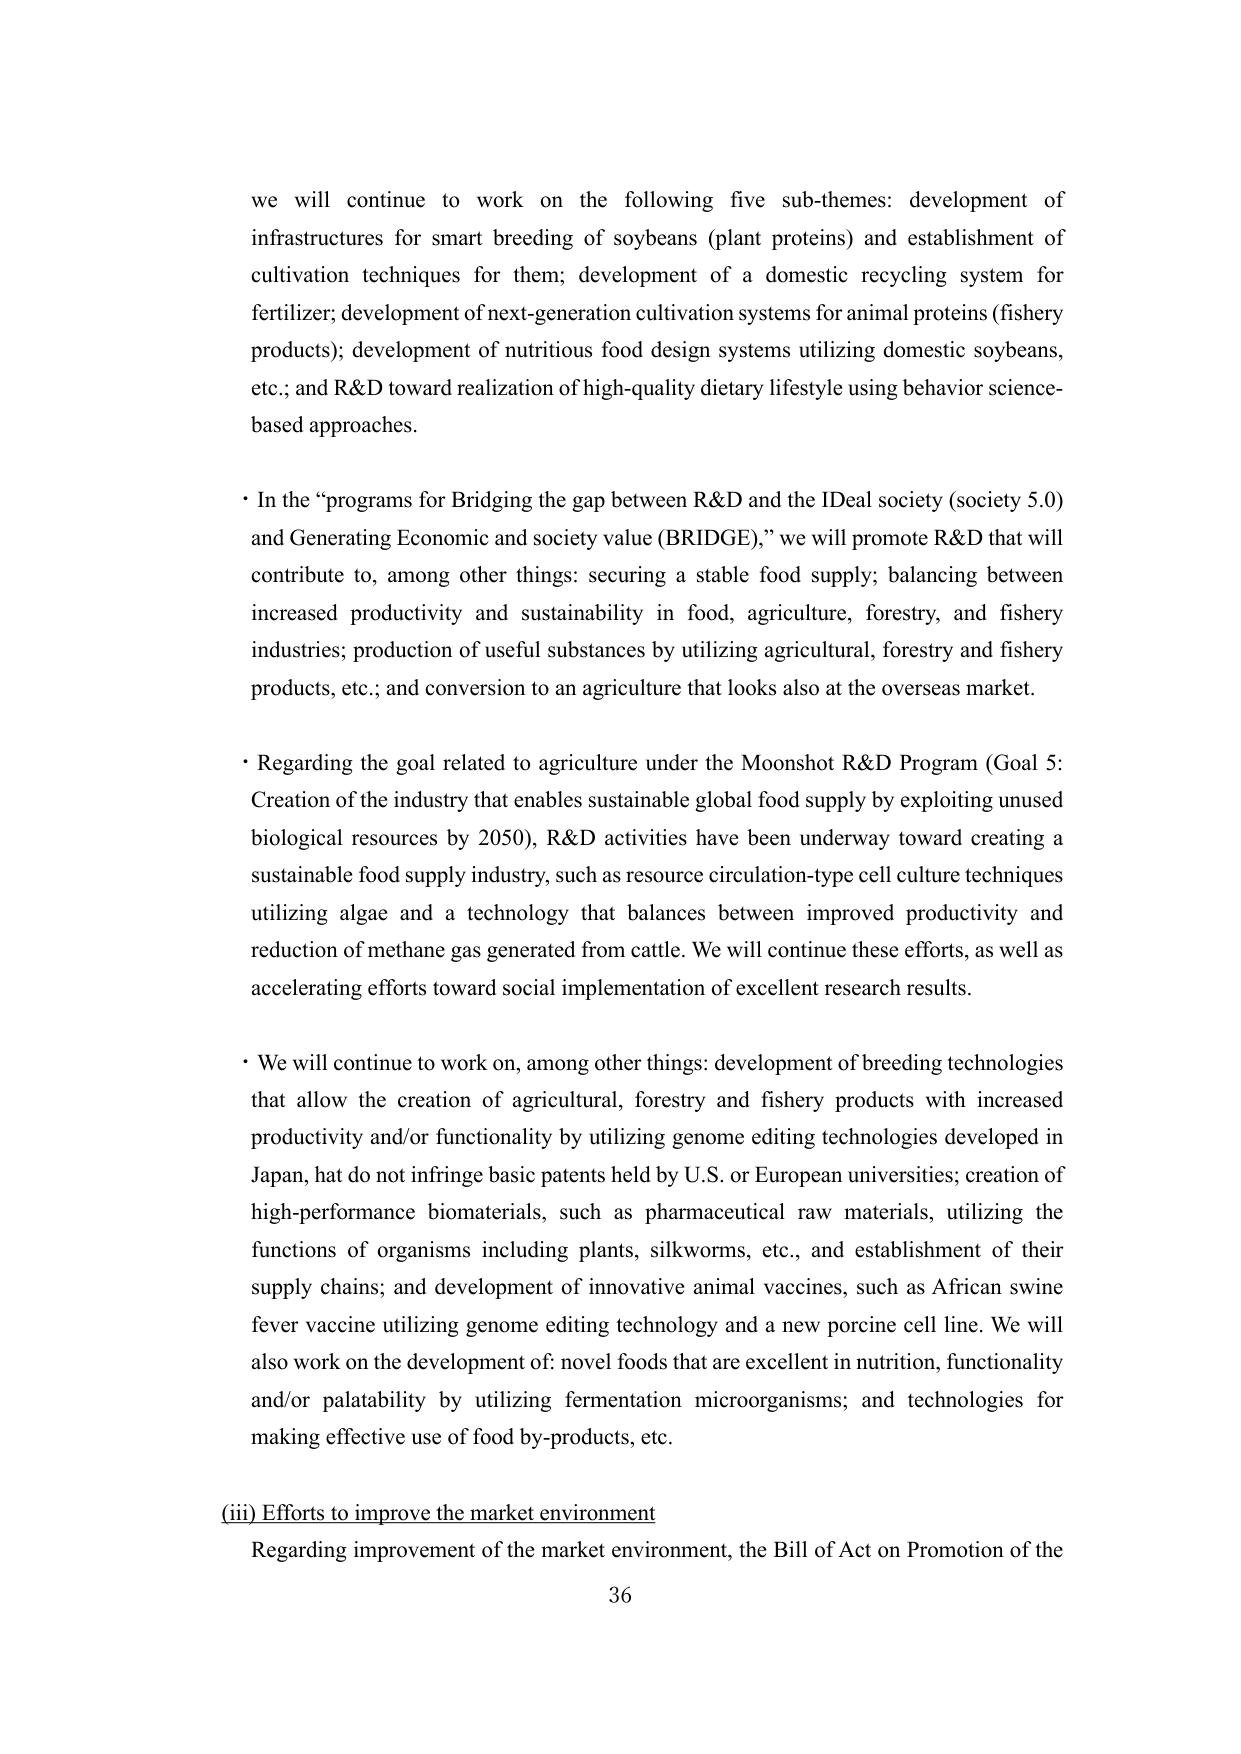
we will continue to work on the following five sub-themes: development of infrastructures for smart breeding of soybeans (plant proteins) and establishment of cultivation techniques for them; development of a domestic recycling system for fertilizer; development of next-generation cultivation systems for animal proteins (fishery products); development of nutritious food design systems utilizing domestic soybeans, etc.; and R&D toward realization of high-quality dietary lifestyle using behavior science-based approaches.

• In the “programs for Bridging the gap between R&D and the IDEal society (society 5.0) and Generating Economic and society value (BRIDGE),” we will promote R&D that will contribute to, among other things: securing a stable food supply; balancing between increased productivity and sustainability in food, agriculture, forestry, and fishery industries; production of useful substances by utilizing agricultural, forestry and fishery products, etc.; and conversion to an agriculture that looks also at the overseas market.

• Regarding the goal related to agriculture under the Moonshot R&D Program (Goal 5: Creation of the industry that enables sustainable global food supply by exploiting unused biological resources by 2050), R&D activities have been underway toward creating a sustainable food supply industry, such as resource circulation-type cell culture techniques utilizing algae and a technology that balances between improved productivity and reduction of methane gas generated from cattle. We will continue these efforts, as well as accelerating efforts toward social implementation of excellent research results.

• We will continue to work on, among other things: development of breeding technologies that allow the creation of agricultural, forestry and fishery products with increased productivity and/or functionality by utilizing genome editing technologies developed in Japan, hat do not infringe basic patents held by U.S. or European universities; creation of high-performance biomaterials, such as pharmaceutical raw materials, utilizing the functions of organisms including plants, silkworms, etc., and establishment of their supply chains; and development of innovative animal vaccines, such as African swine fever vaccine utilizing genome editing technology and a new porcine cell line. We will also work on the development of: novel foods that are excellent in nutrition, functionality and/or palatability by utilizing fermentation microorganisms; and technologies for making effective use of food by-products, etc.

(iii) Efforts to improve the market environment
Regarding improvement of the market environment, the Bill of Act on Promotion of the
36